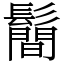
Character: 鬝